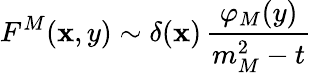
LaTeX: F^{M}(\mathbf{x},y)\sim\delta(\mathbf{x})\, \frac{{\varphi_{M}(y)}}{{m_{M}^{2}-t}}